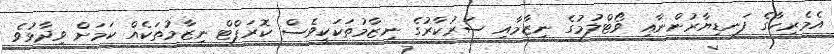
އެމެރިކާގެ ފަނޑިޔާރުންނާއި ވޯޓްލުމުގެ ނިޒާމާއި ސަރުކާރުގެ ނިޒާމުތަކަކީވެސް ކޮރަޕްޓް ނިޒާމުތަކެއް ކަމަށް ވިދާޅުވެ